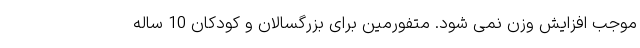
موجب افزایش وزن نمی شود. متفورمین برای بزرگسالان و کودکان 10 ساله